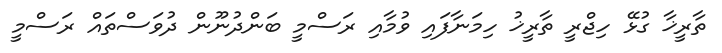
ތާރީޚާ ގުޅޭ ހިޖްރީ ތާރީޚު ހިމަނާފައި ވުމާއި ރަސްމީ ބަންދުނޫން ދުވަސްތައް ރަސްމީ